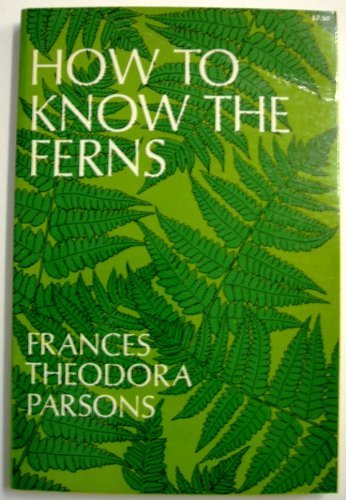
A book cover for How to know the ferns: a guide to the names, haunts, and habits of our common ferns; Frances Theodora Parsons; Crafts, Hobbies & Home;